Punjab Mental Hospital Lahore 1932-46 - 1932-1946
Year: 1932
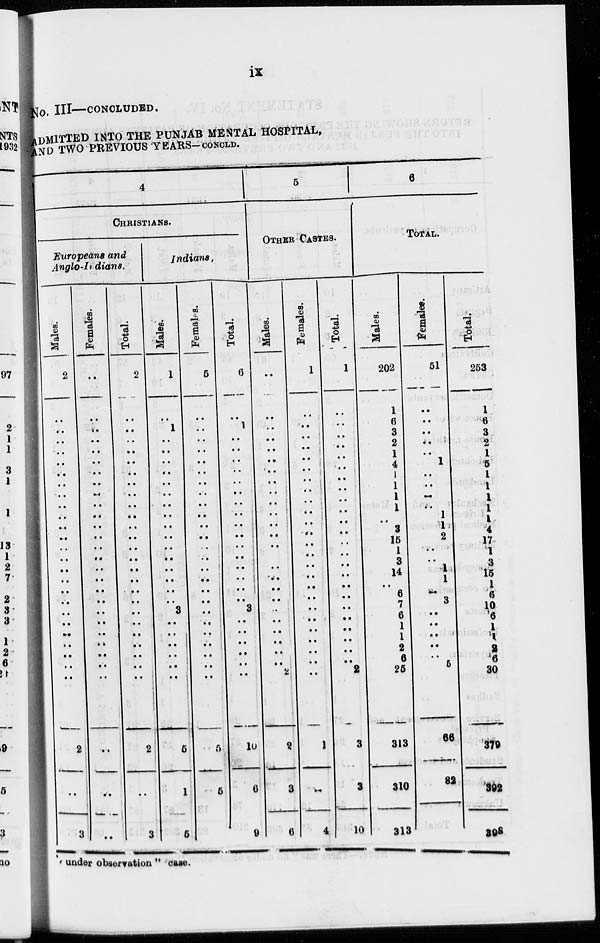
ix
No. III—CONCLUDED.
ADMITTED INTO THE PUNJAB MENTAL HOSPITAL,
AND TWO PREVIOUS YEARS-CONCLD.
4
CHRISTIANS.
Europeans and
Anglo-Indians.
Males.
2
..
..
..
..
..
..
..
..
..
..
..
..
..
..
..
..
..
..
..
..
..
..
..
..
..
2
..
3
Females.
..
..
..
..
..
..
..
..
..
..
..
..
..
..
..
..
..
..
..
..
..
..
..
..
..
..
..
..
..
Total.
2
..
..
..
..
..
..
..
..
..
..
..
..
..
..
..
..
..
..
..
..
..
..
..
..
..
2
..
3
Indians.
Males.
1
..
1
..
..
..
..
..
..
..
..
..
..
..
..
..
..
..
..
3
..
..
..
..
..
..
5
1
5
Females.
5
..
..
..
..
..
..
..
..
..
..
..
..
..
..
..
..
..
..
..
..
..
..
..
..
..
5
5
4
Total.
6
..
1
..
..
..
..
..
..
..
..
..
..
..
..
..
..
..
..
3
..
..
..
..
..
..
10
6
9
5
OTHER CASTES.
Males.
..
..
..
..
..
..
..
..
..
..
..
..
..
..
..
..
..
..
..
..
..
..
..
..
..
2
2
3
6
Females.
1
..
..
..
..
..
..
..
..
..
..
..
..
..
..
..
..
..
..
..
..
..
..
..
..
..
1
..
4
Total.
1
..
..
..
..
..
..
..
..
..
..
..
..
..
..
..
..
..
..
..
..
..
..
..
..
2
3
3
10
6
TOTAL.
Males.
202
1
6
3
2
1
4
1
1
1
1
..
3
15
1
3
14
..
6
7
6
1
1
2
6
25
313
310
313
Females.
51
..
..
..
..
..
1
..
..
..
..
1
1
2
..
..
1
1
..
3
..
..
..
..
..
5
66
82
86
Total.
253
1
6
3
2
1
5
1
1
1
l
1
4
17
1
3
15
1
6
10
6
1
1
2
6
30
379
392
398
" under observation " case.